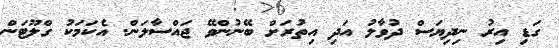
ގަޑި އިރު ނިދިޔަސް ދުވާލު އަދި އިތުރަށް ބޭނުންވޭ ޖައްސާލަން. އެކަމަކު ގްލޫޓަން